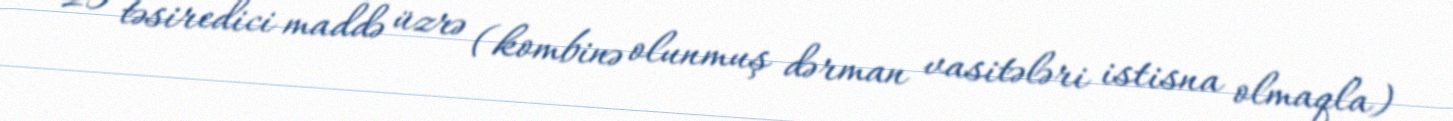
25 təsiredici maddə üzrə (kombinə olunmuş dərman vasitələri istisna olmaqla)